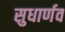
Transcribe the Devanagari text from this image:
सुधार्णव